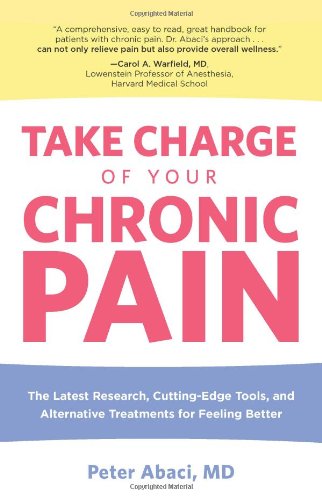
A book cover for Take Charge of Your Chronic Pain: The Latest Research, Cutting-Edge Tools, And Alternative Treatments For Feeling Better; MD Abaci Peter; Health, Fitness & Dieting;